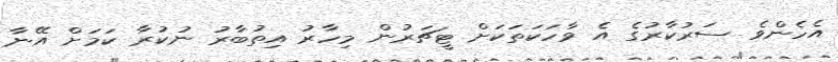
އެހެންވެ ސަރުކާރުގެ އެ ވާހަކަތަކަށް ޓީޗަރުން މިހާރު އިތުބާރު ނުކުރާ ކަމަށް އޭނާ